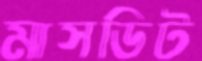
মাসডিট